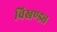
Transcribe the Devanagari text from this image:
विखण्ड्य